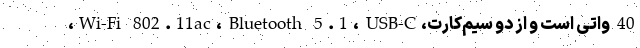
40 واتی است و از دو سیم‌کارت،Wi-Fi 802.11ac، Bluetooth 5.1، USB-C،